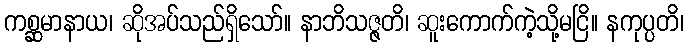
ကစ္ဆမာနာယ၊ ဆိုအပ်သည်ရှိသော်။ နာဘိသဇ္ဇတိ၊ ဆူးကောက်ကဲ့သို့မငြိ။ နကုပ္ပတိ၊